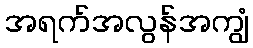
အရက်အလွန်အကျွံ